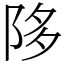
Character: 陊